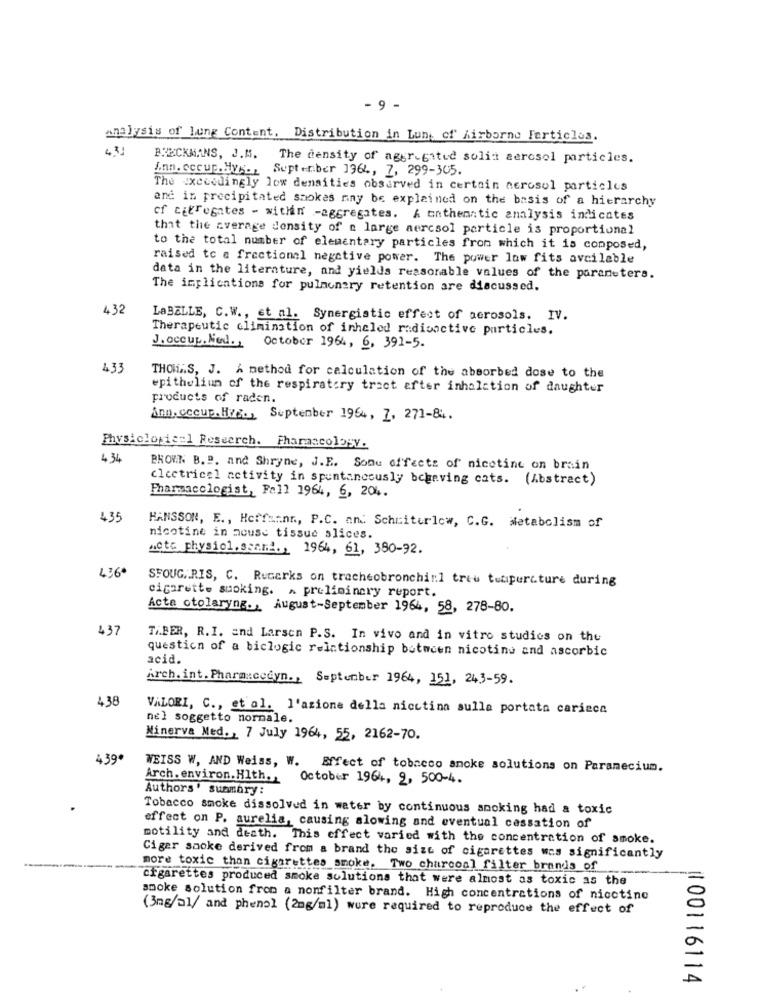
- 9 -
analysis of lung Content. Distribution in Lun, of" Airborne Ferticlos.
.31
BRECKMANS, J.M. The density of aggregated solit aerosol particles.
Ann. occup.Hy5. September 1964, 7, 299-305.
The exceedingly low densities observed in certain aerosol particles
ane in precipitated smokes may be explained on the basis of a hierarchy
cf cifregates - within -aggregates. A unthematic analysis indicates
that the average density of a large aercsol particle is proportional
to the total number of elementary particles from which it is composed,
raised to a frectional negative power. The power low fits avcilable
data in the literature, and yields reasonable values of the parameters.
The implications for pulmonary retention are discussed.
432
LaBELLE, C.W ., et al. Synergistic effect of acrosols. IV.
Therapeutic elimination of inheled radioactive particles.
J.occup.Med ., October 1964, 6, 391-5.
433
THOMAS, J. A method for calculation of the absorbed dose to the
epithelium of the respiratory tract after inhalction of daughter
products of raden.
Ann. occup. Hvg ., September 1964, Z. 271-84.
Physiclogical Research. Fharascology.
4 34
BROWN B. B. and Shryne, J.E. Sonu effects of nicotine on brain
clectricel activity in spontaneously bchaving cats. (Abstract)
Pharmacologist, Fall 1964, 6, 204.
435
HANSSON, E ., Hoffmann, P.C. and Scheiterlow, C.G. Metabolism of
nicotine in mouse tissue slices.
"cte physiol.ssami ., 1964, 61, 380-92.
4360
SFOUG.RIS, C. Recerks on tracheobronchinl treu temperature during
cigarette smoking. A preliminary report.
Acta otolaryng ., August-September 1964, 58, 278-80.
437
Ti.BER, R.I. and Larsen P.S. In vivo and in vitro studies on the
question of a biclogic relationship between nicotine and ascorbic
acid.
Arch. int. Pharmxcedyn ., September 1964, 151, 243-59.
438
VALORI, C ., et al. l'azione della nicctina sulla portata carieca
nel soggetto normale.
Minerva Med ., 7 July 1964, 55, 2162-70.
439*
WEISS W, AND Weiss, W. Effect of tobacco smoke solutions on Paramecium.
Arch. environ. Hlth.
October 1964, 2, 500-4.
Authors' summary:
Tobacco smoke dissolved in water by continuous smoking had a toxic
effect on P. aurelia, causing slowing and eventual cassation of
motility and death. This effect varied with the concentration of smoke.
Cigar sooke derived from a brand the size of cigarettes was significantly
more toxic than cigarettes smoke. Two charcoal filter brands of
cigarettes produced smoke solutions that were almost as toxic as the
smoke solution from a nonfilter brand. High concentrations of nicotine
(3mg/al/ and phenol (2mg/ml) wure required to reproduce the effect of
100116114